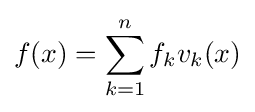
f(x)=\sum _{k=1}^{n}f_{k}v_{k}(x)